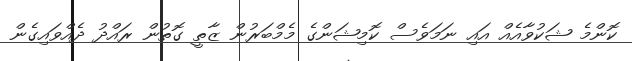
ކޮންމެ ޝަކުވާއެއް އައި ނަމަވެސް ކޮމިޝަންގެ މެމްބަރުން ޒާތީ ގޮތުން ރައްދު ދެއްވައިގެން